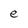
Character: e